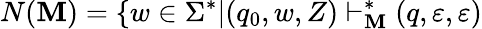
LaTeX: N(\mathbf{M})=\{ w\in\Sigma^{*}|(q_{0},w,Z)\vdash_{\mathbf{M}}^{*}(q,\varepsilon,\varepsilon)